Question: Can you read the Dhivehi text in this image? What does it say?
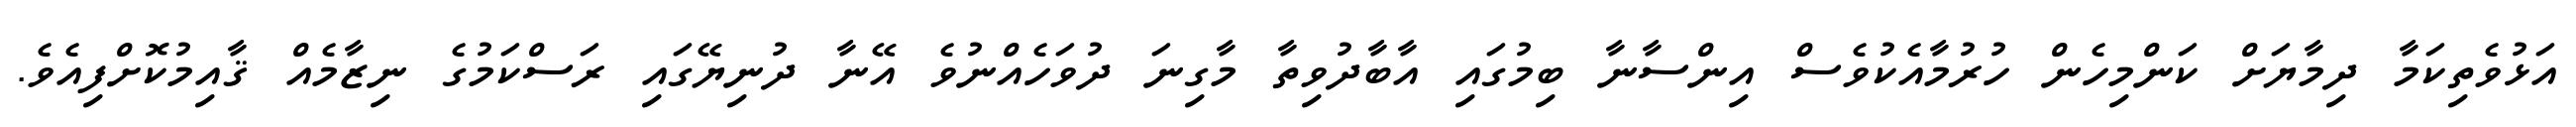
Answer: އަޅުވެތިކަމާ ދިމާޔަށް ކަންމިހެން ހުރުމާއެކުވެސް އިންސާނާ ބިމުގައި އާބާދުވިތާ މާގިނަ ދުވަހެއްނުވެ އޭނާ ދުނިޔޭގައި ރަސްކަމުގެ ނިޒާމެއް ޤާއިމުކޮށްފިއެވެ.